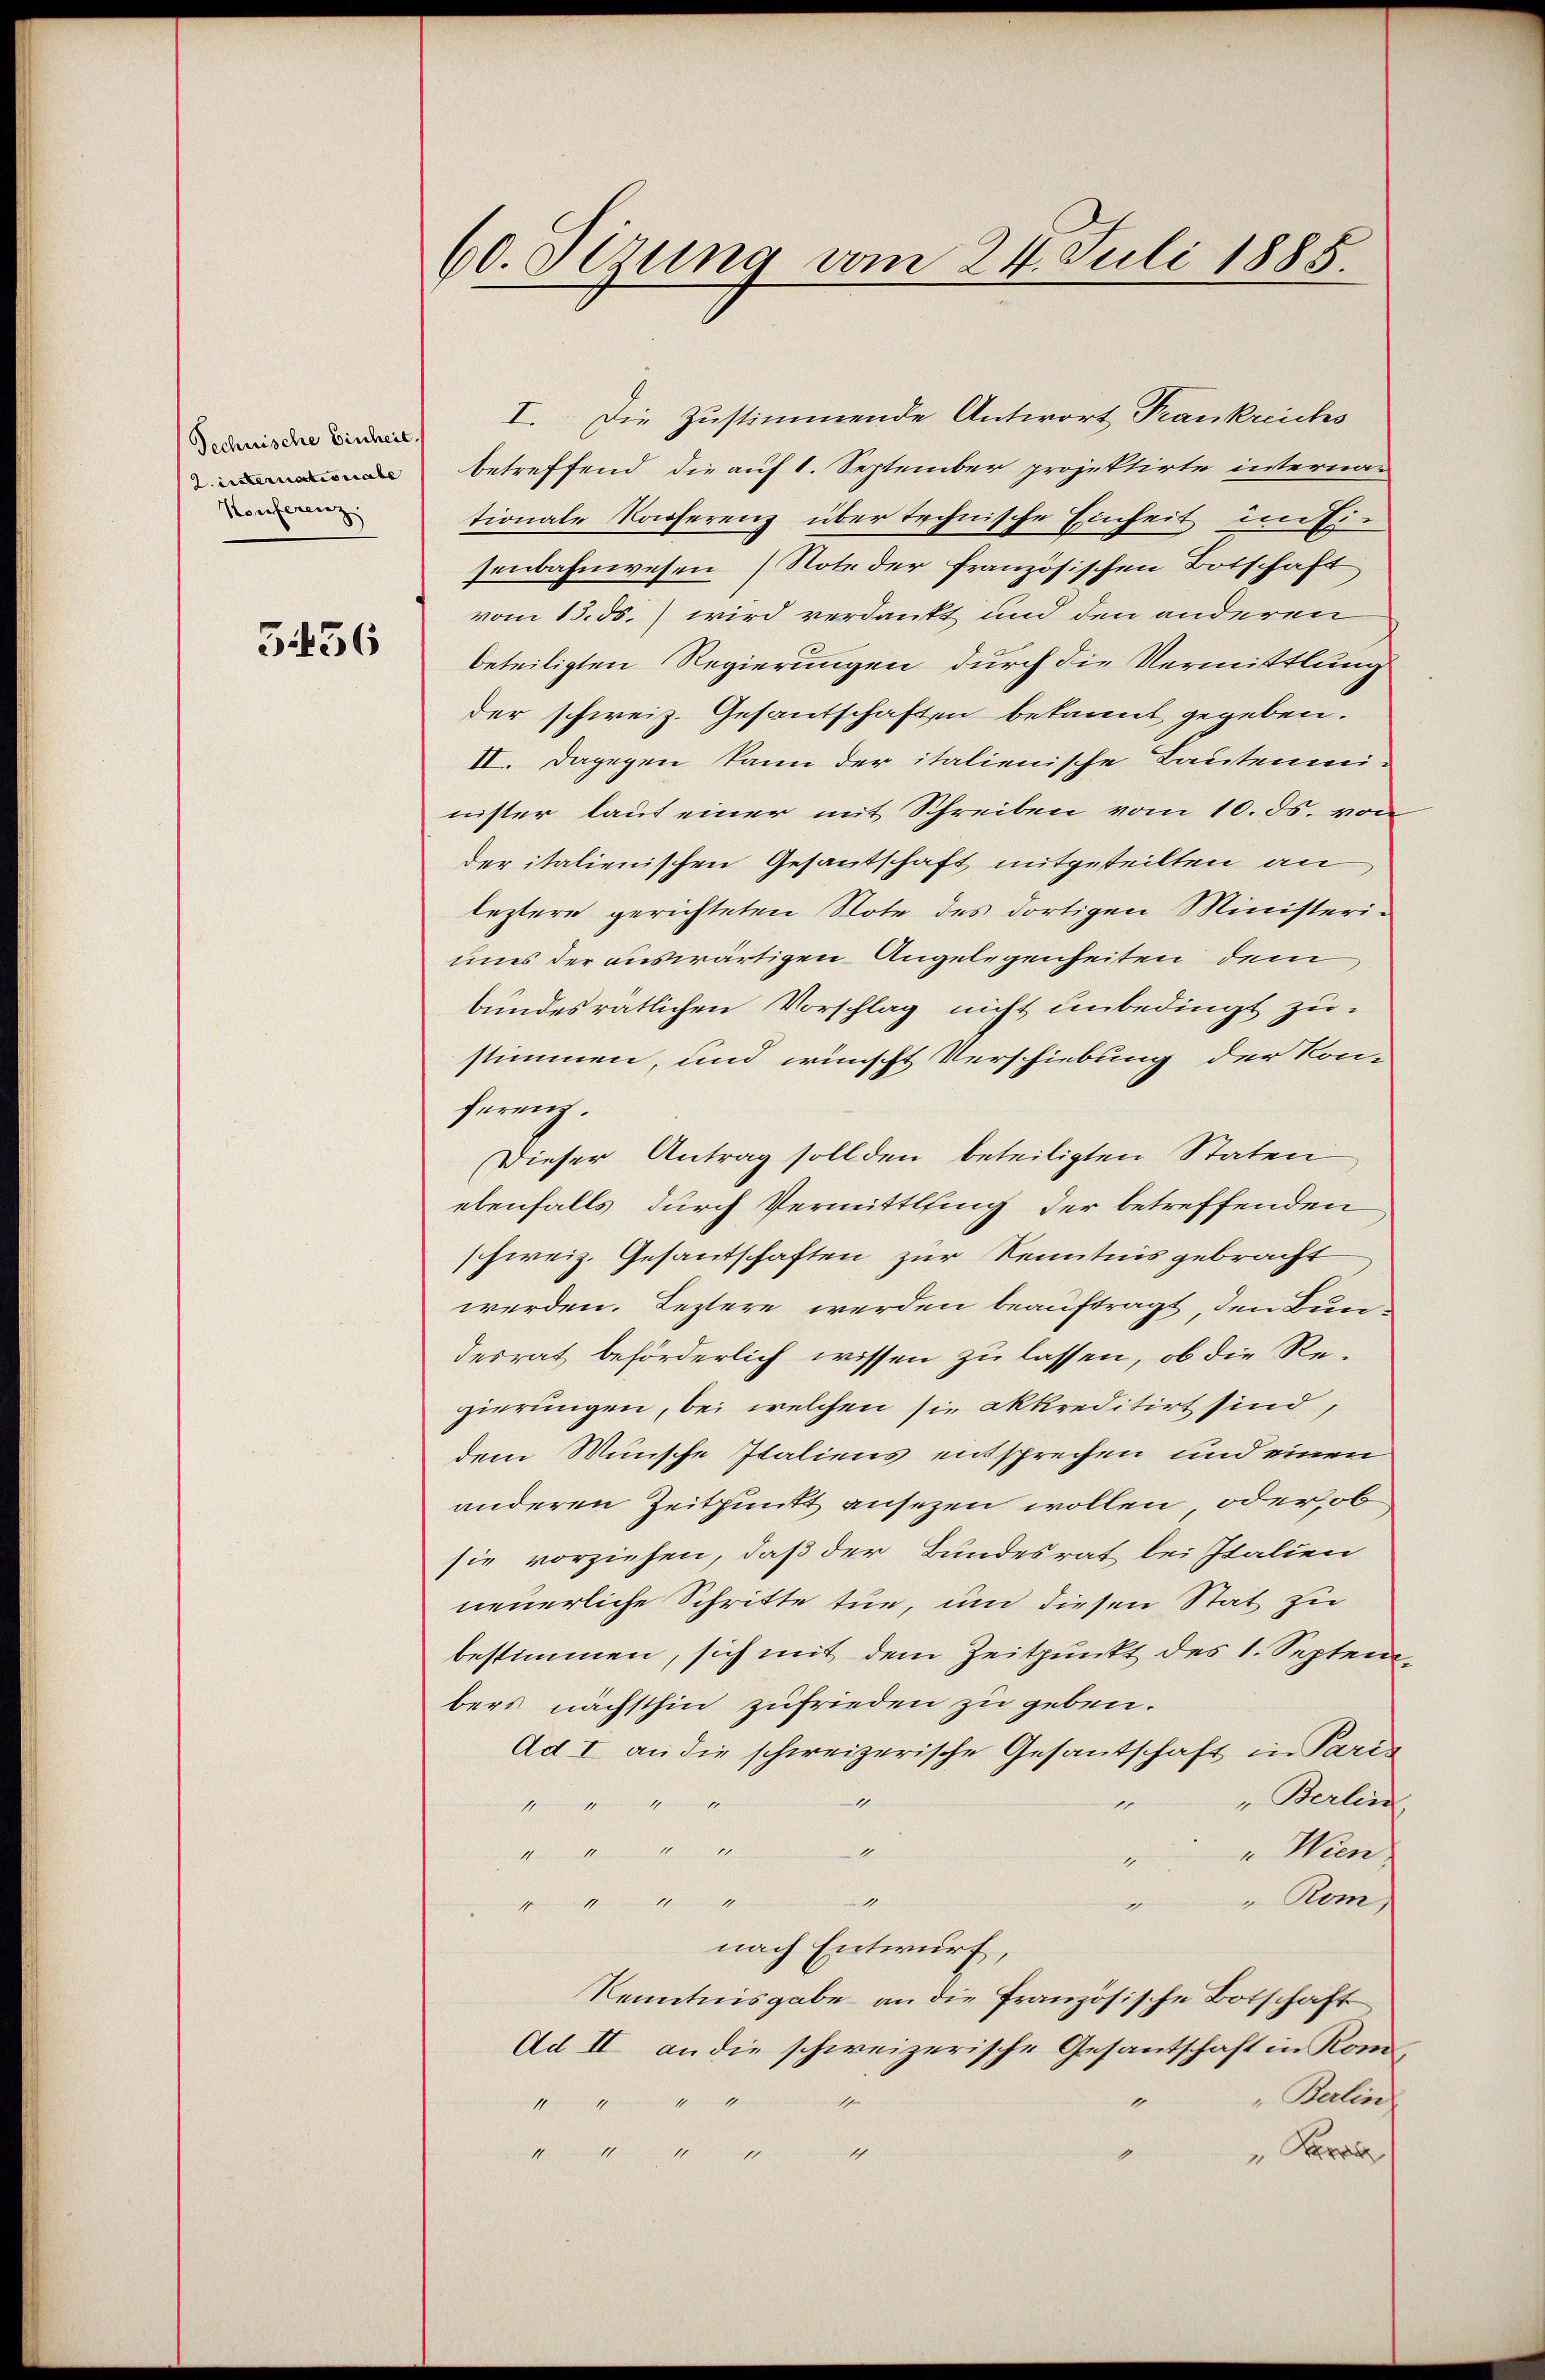
2. insternationale
Konferenz
3456

60. Setzung vom 24. Juli 1885.

didee des I. Die Zustimmende Antwort Frankreichs
betreffend die auf 1. September projektirte interna-
tionale Konferenz über technische Einheit im Eisenbahnwesen (Note der französischen Botschaft
vom 13. ds. wird verdankt und den anderen
beteiligten Regierungen durch die Vermittlung
der schweiz. Gesandtschaften bekannt gegeben.
II. Dagegen kann der italienische Bautenmi-
nister laut einer mit Schreiben vom 10. ds. von
der italienischen Gesantschaft mitgeteilten an
leztere gerichteten Note des dortigen Ministeriums der auswärtigen Angelegenheiten dem
bundesrätlichen Vorschlag nicht unbedingt zustimmen, und wünscht Verschiebung der Kon-
ferenz.
Dieser Antrag soll den beteiligten Staten
ebenfalls durch Vermittling der betreffenden
schweiz. Gesantschaften zur Kenntnis gebracht
werden. Leztere werden beauftragt, den Bundesrat beförderlich wissen zu lassen, ob die Regierungen, bei welchen sie akkreditirt sind,
dem Wunsche Italiens entsprechen und einen
anderen Zeitpunkt ansezen wollen, oder ob
sie vorziehen, daß der Bundesrat bei Italien
neuerliche Schritte tue, um diesen Stat zu
bestimmen, sich mit dem Zeitpunkt des 1. Septembers nächsthin zufrieden zu geben.
Ad I an die schweizerische Gesantschaft in Paris
"Berlin
1
4
nicht manen nachsinnern in ihn wenn eiger
1

"Wien
g
4
" Rom,
mich seinen müssen wenn ehemannischen
e
nach Entwurf,
Kenntnisgabe an die französische Botschaft
Ad II an die schweizerische Gesantschaft in Kom¬
" Berlin
ischerenisch um mein ist nichter
1
ne
1
Ber